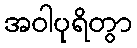
အဝါပုရိတွာ